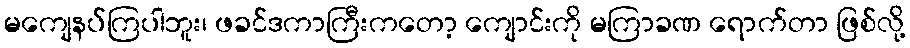
မကျေနပ်ကြပါဘူး၊ ဖခင်ဒကာကြီးကတော့ ကျောင်းကို မကြာခဏ ရောက်တာ ဖြစ်လို့